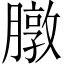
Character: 㬿